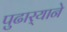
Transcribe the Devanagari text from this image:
पुढार्‍याने